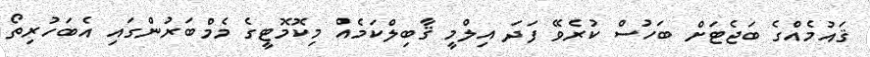
ޤައުމެއްގެ ބަޖެޓަށް ބަހުސް ކުރެވޭ ފަދަ އިލްމީ ޤާބިލްކަމެއް މިކޮމޮޓީގެ މެމްބަރުންގައި އެބަހުރިތޯ